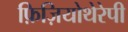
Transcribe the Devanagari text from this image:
फ़िज़ियोथेरेपी